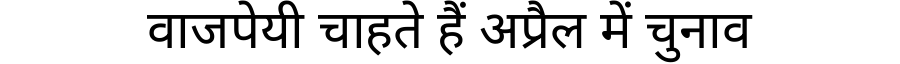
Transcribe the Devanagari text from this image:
वाजपेयी चाहते हैं अप्रैल में चुनाव